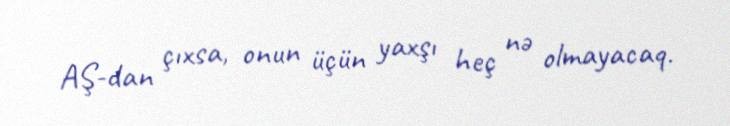
AŞ-dan çıxsa, onun üçün yaxşı heç nə olmayacaq.